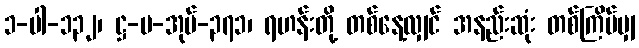
၁-ပါ-၁၃၂၊ ဋ္ဌ-ပ-အုပ်-၃၇၁၊ ရဟန်းတို့ တစ်နေ့လျှင် အနည်းဆုံး တစ်ကြိမ်မျှ